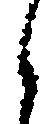
候